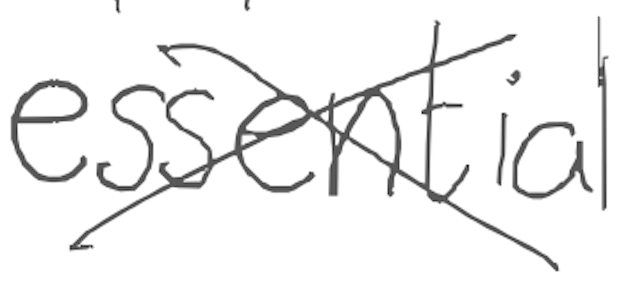
Text: essential
Cross-out: cross
Writing tool: digital_gray